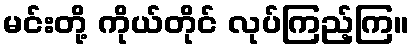
မင်းတို့ ကိုယ်တိုင် လုပ်ကြည့်ကြ။